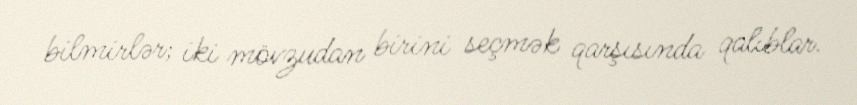
bilmirlər; iki mövzudan birini seçmək qarşısında qalıblar.